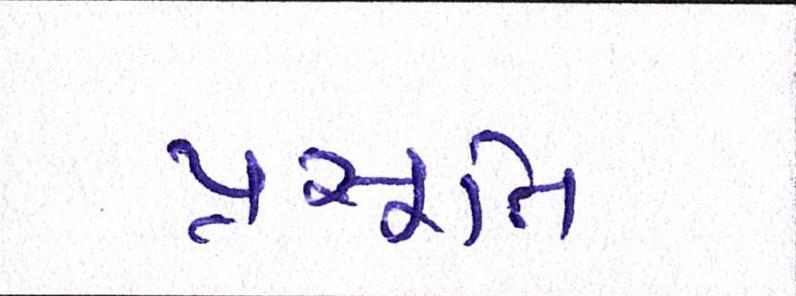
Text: પ્રસૂતિ